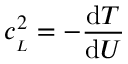
c _ { _ L } ^ { 2 } = - { \frac { \mathrm { d } T } { \mathrm { d } U } }